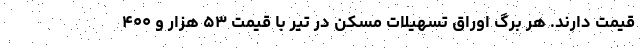
قیمت دارند. هر برگ اوراق تسهیلات مسکن در تیر با قیمت ۵۳ هزار و ۴۰۰